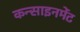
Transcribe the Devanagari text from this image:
कन्साइनमेंट